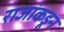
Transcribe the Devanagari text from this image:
राजांकडून